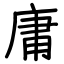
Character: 庸